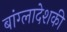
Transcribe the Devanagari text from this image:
बांग्लादेशकी